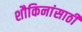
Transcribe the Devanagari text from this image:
शौकिनांसाठी